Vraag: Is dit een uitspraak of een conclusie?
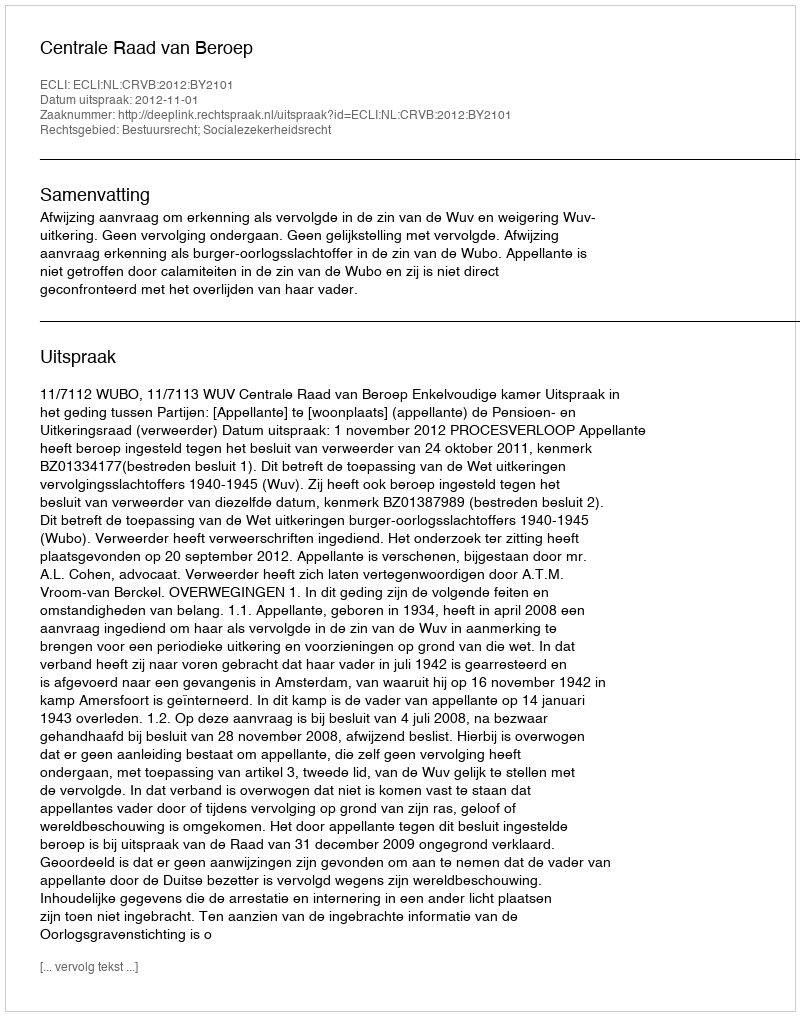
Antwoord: Uitspraak